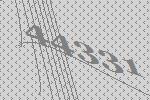
44331